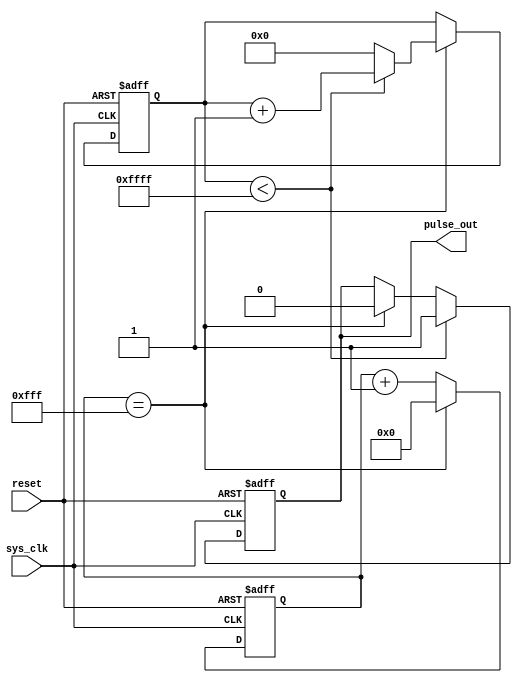
module PulseGenerator(
  input sys_clk,         // System clock signal
  input reset,           // Asynchronous reset signal
  output reg pulse_out   // Generated pulse signal
);

  reg [15:0] counter;     // Counter for pulse duration
  reg [11:0] divider;     // Clock divider for frequency adjustment

  always @(posedge sys_clk or posedge reset) begin
    if (reset) begin
      counter <= 16'h0000;
      divider <= 12'h000;
      pulse_out <= 1'b0;
    end else begin
      if (divider == 12'hFFF) begin
        divider <= 12'h000;
        if (counter < 16'hFFFF) begin
          counter <= counter + 1;
        end else begin
          counter <= 16'h0000;
          pulse_out <= 1'b0;
        end
      end else begin
        divider <= divider + 1;
      end
      if (counter < 16'hFFFF) begin
        pulse_out <= 1'b1;
      end
    end
  end

endmodule